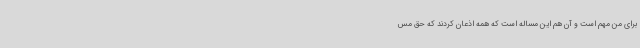
برای من مهم است و آن هم این مساله است که همه اذعان کردند که حق مس